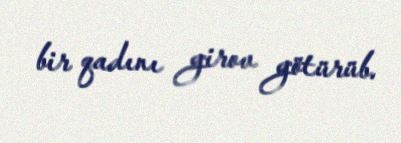
bir qadını girov götürüb.